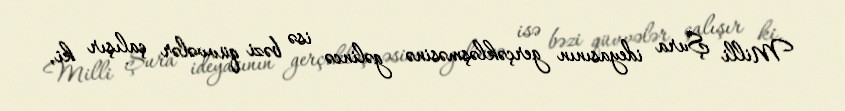
Milli Şura ideyasının gerçəkləşməsinə gəlincə isə bəzi qüvvələr çalışır ki,